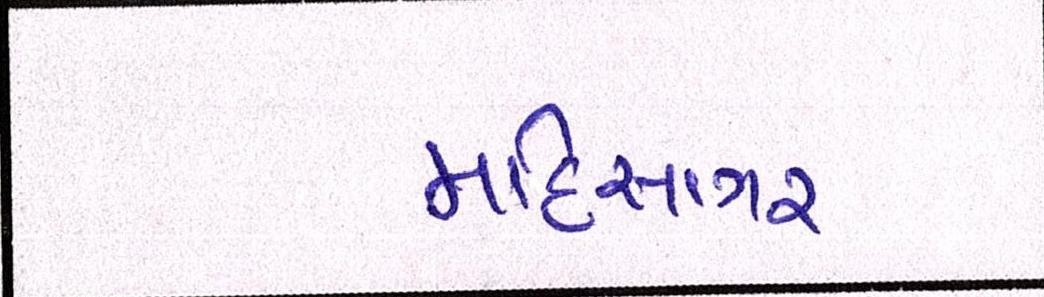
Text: મહિસાગર